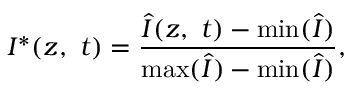
I ^ { * } ( z , \ t ) = \frac { \hat { I } ( z , \ t ) - \mathrm { m i n } ( \hat { I } ) } { \mathrm { m a x } ( \hat { I } ) - \mathrm { m i n } ( \hat { I } ) } ,